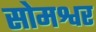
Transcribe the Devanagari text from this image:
सोमश्वर